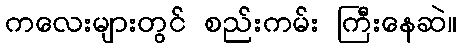
ကလေးများတွင် စည်းကမ်း ကြီးနေဆဲ။